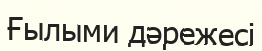
Ғылыми дәрежесі